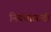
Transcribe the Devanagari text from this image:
निबंधांसाठी